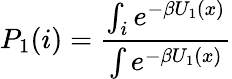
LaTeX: P_{1}(i)=\frac{\int_{i}e^{-\beta U_{1}(x)}}{\int e^{-\beta U_{1}(x)}}